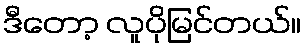
ဒီတော့ လူပိုမြင်တယ်။